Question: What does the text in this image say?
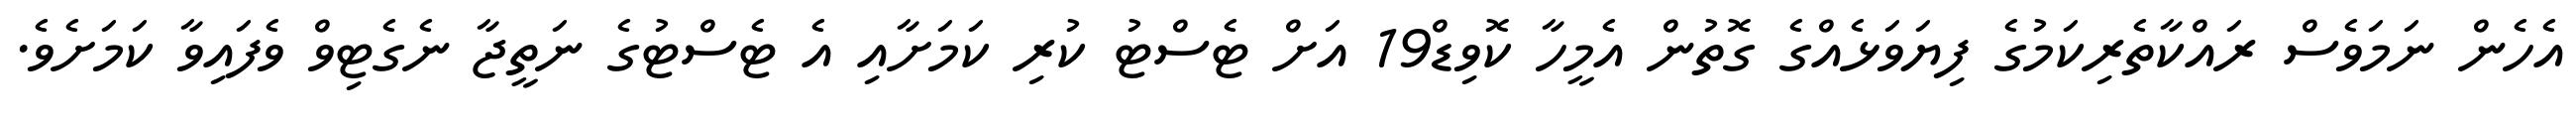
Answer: އެހެން ނަމަވެސް ރައްކާތެރިކަމުގެ ފިޔަވަޅެއްގެ ގޮތުން އެމީހާ ކޮވިޑް19 އަށް ޓެސްޓު ކުރި ކަމަށާއި އެ ޓެސްޓުގެ ނަތީޖާ ނެގެޓިވް ވެފައިވާ ކަމަށެވެ.